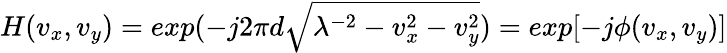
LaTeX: H(v_{x},v_{y})=exp(-j2\pi d\sqrt{\lambda^{-2}-v_{x}^{2}-v_{y}^{2}})=exp[-j\phi(v_{x},v_{y})]